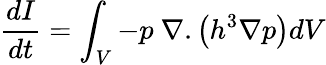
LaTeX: \frac{dI}{dt}=\int_{V}-p\ \nabla.\left(h^{3}\nabla p\right)dV